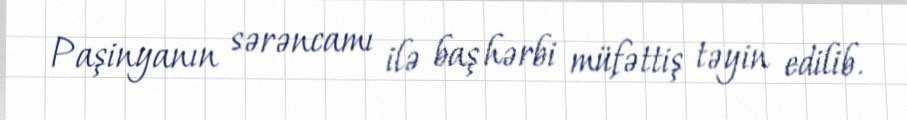
Paşinyanın sərəncamı ilə baş hərbi müfəttiş təyin edilib.